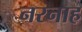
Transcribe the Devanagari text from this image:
नरनाह